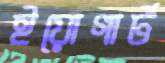
ইয়োগার্ট